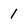
Character: 1